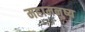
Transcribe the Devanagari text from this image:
महामनुष्य